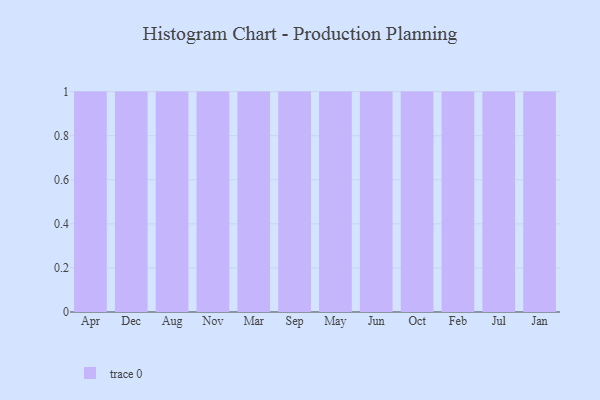
{"axis": {"x": "Month", "y": "Operating Costs (USD K)"}, "legend": [""], "data": [{"x": "Apr", "y": 13, "type": ""}, {"x": "Dec", "y": 26, "type": ""}, {"x": "Aug", "y": 59, "type": ""}, {"x": "Nov", "y": 80, "type": ""}, {"x": "Mar", "y": 1, "type": ""}, {"x": "Sep", "y": 10, "type": ""}, {"x": "May", "y": 50, "type": ""}, {"x": "Jun", "y": 73, "type": ""}, {"x": "Oct", "y": 76, "type": ""}, {"x": "Feb", "y": 94, "type": ""}, {"x": "Jul", "y": 73, "type": ""}, {"x": "Jan", "y": 66, "type": ""}]}